Annual report of the Imperial Bacteriologist
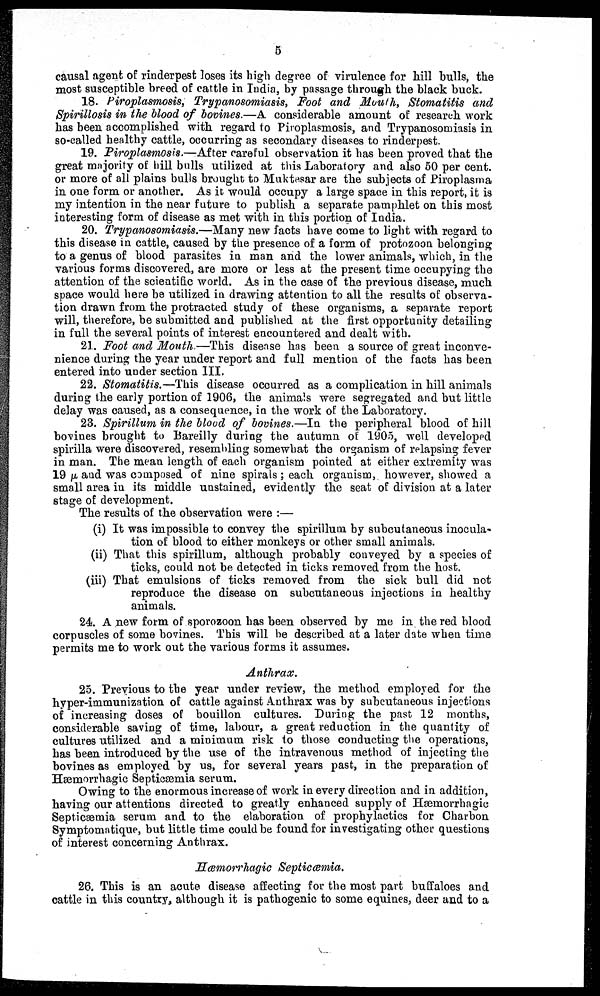
5
causal agent of rinderpest loses its high degree of virulence for hill bulls, the
most susceptible breed of cattle in India, by passage through the black buck.
18. Piroplasmosis, Trypanosomiasis, Foot and Mouth, Stomatitis and
Spirillosis in the blood of bovines.—A considerable amount of research work
has been accomplished with regard to Piroplasmosis, and Trypanosomiasis in
so-called healthy cattle, occurring as secondary diseases to rinderpest.
19. Piroplasmosis.—After careful observation it has been proved that the
great majority of hill bulls utilized at this Laboratory and also 50 per cent.
or more of all plains bulls brought to Muktesar are the subjects of Piroplasma
in one form or another. As it would occupy a large space in this report, it is
my intention in the near future to publish a separate pamphlet on this most
interesting form of disease as met with in this portion of India.
20. Trypanosomiasis.—Many new facts have come to light with regard to
this disease in cattle, caused by the presence of a form of protozoon belonging
to a genus of blood parasites in man and the lower animals, which, in the
various forms discovered, are more or less at the present time occupying the
attention of the scientific world. As in the case of the previous disease, much
space would here be utilized in drawing attention to all the results of observa
tion drawn from the protracted study of these organisms, a separate report
will, therefore, be submitted and published at the first opportunity detailing
in full the several points of interest encountered and dealt with.
21. Foot and Mouth.—This disease has been a source of great inconve
nience during the year under report and full mention of the facts has been
entered into under section III.
22. Stomatitis.—This disease occurred as a complication in hill animals
during the early portion of 1906, the animals were segregated and but little
delay was caused, as a consequence, in the work of the Laboratory.
23. Spirillum in the blood of bovines.—In the peripheral blood of hill
bovines brought to Bareilly during the autumn of 1905, well developed
spirilla were discovered, resembling somewhat the organism of relapsing fever
in man. The mean length of each organism pointed at either extremity was
19 μ and was composed of nine spirals; each organism, however, showed a
small area in its middle unstained, evidently the seat of division at a later
stage of development.
The results of the observation were :—
(i) It was impossible to convey the spirillum by subcutaneous inocula
tion of blood to either monkeys or other small animals.
(ii) That this spirillum, although probably conveyed by a species of
ticks, could not be detected in ticks removed from the host.
(iii) That emulsions of ticks removed from the sick bull did not
reproduce the disease on subcutaneous injections in healthy
animals.
24. A new form of sporozoon has been observed by me in the red blood
corpuscles of some bovines. This will be described at a later date when time
permits me to work out the various forms it assumes.
Anthrax.
25. Previous to the year under review, the method employed for the
hyper-immunization of cattle against Anthrax was by subcutaneous injections
of increasing doses of bouillon cultures. During the past 12 months,
considerable saving of time, labour, a great reduction in the quantity of
cultures utilized and a minimum risk to those conducting the operations,
has been introduced by the use of the intravenous method of injecting the
bovines as employed by us, for several years past, in the preparation of
Hæmorrhagic Septicæmia serum.
Owing to the enormous increase of work in every direction and in addition,
having our attentions directed to greatly enhanced supply of Hæmorrhagic
Septicæmia serum and to the elaboration of prophylactics for Charbon
Symptomatique, but little time could be found for investigating other questions
of interest concerning Anthrax.
Hæmorrhagie Septicæmia.
26. This is an acute disease affecting for the most part buffaloes and
cattle in this country, although it is pathogenic to some equines, deer and to a